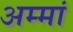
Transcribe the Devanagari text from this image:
अम्मां